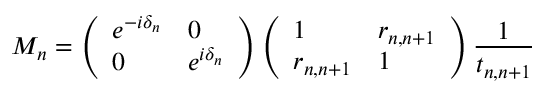
M _ { n } = \left( \begin{array} { l l } { e ^ { - i \delta _ { n } } } & { 0 } \\ { 0 } & { e ^ { i \delta _ { n } } } \end{array} \right) \left( \begin{array} { l l } { 1 } & { r _ { n , n + 1 } } \\ { r _ { n , n + 1 } } & { 1 } \end{array} \right) \frac { 1 } { t _ { n , n + 1 } }